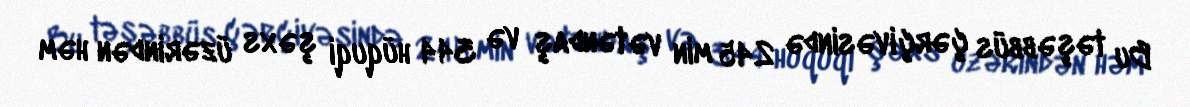
Bu təşəbbüs çərçivəsində 245 min vətəndaş və 344 hüquqi şəxs üzərindən həm